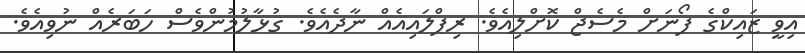
އިވީ ޒައިކްގެ ފޯނަށް މެސެޖް ކޮށްލިއެވެ. ރިޕްލައިއެއް ނާދެއެވެ. ގުޅާލުމުންވެސް ހަަބަރެއް ނުވިއެވެ.